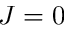
J = 0